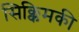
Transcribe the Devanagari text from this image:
सिक्किमकी